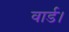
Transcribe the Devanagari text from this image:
वार्ड।